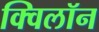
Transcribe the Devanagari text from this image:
क्विलॉन